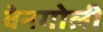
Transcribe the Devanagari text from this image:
वेनगोली